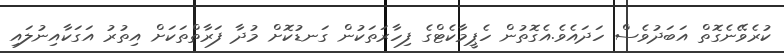
ކުރެވޭނެގޮތް އަބަދުވެސް ހަދައެވެ.އެގޮތުން ހެޕީމާކެޓްގެ ފިހާރަތަކުން ގަނޑުކޮށް މުދާ ފަރާތްތަކަށް އިތުރު އަގަކާއިނުލައި